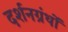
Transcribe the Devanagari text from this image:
दर्शनग्रंथों